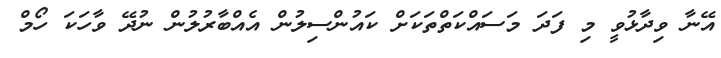
އޭނާ ވިދާޅުވީ މި ފަދަ މަސައްކަތްތަކަށް ކައުންސިލުން އެއްބާރުލުން ނުދޭ ވާހަކަ ހޯމް